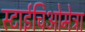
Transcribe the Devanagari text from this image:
स्टाईचिओमेट्रा